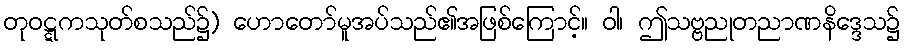
တုဝဋ္ဋကသုတ်စသည်၌) ဟောတော်မူအပ်သည်၏အဖြစ်ကြောင့်။ ဝါ၊ ဤသဗ္ဗညုတညာဏနိဒ္ဒေသ၌